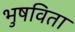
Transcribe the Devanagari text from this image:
भुषविता